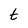
Character: t